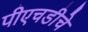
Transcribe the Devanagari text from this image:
पीएचडीचे